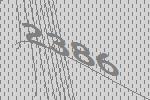
2386